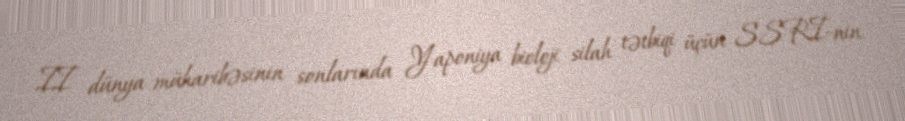
II dünya müharibəsinin sonlarında Yaponiya bioloji silah tətbiqi üçün SSRİ-nin